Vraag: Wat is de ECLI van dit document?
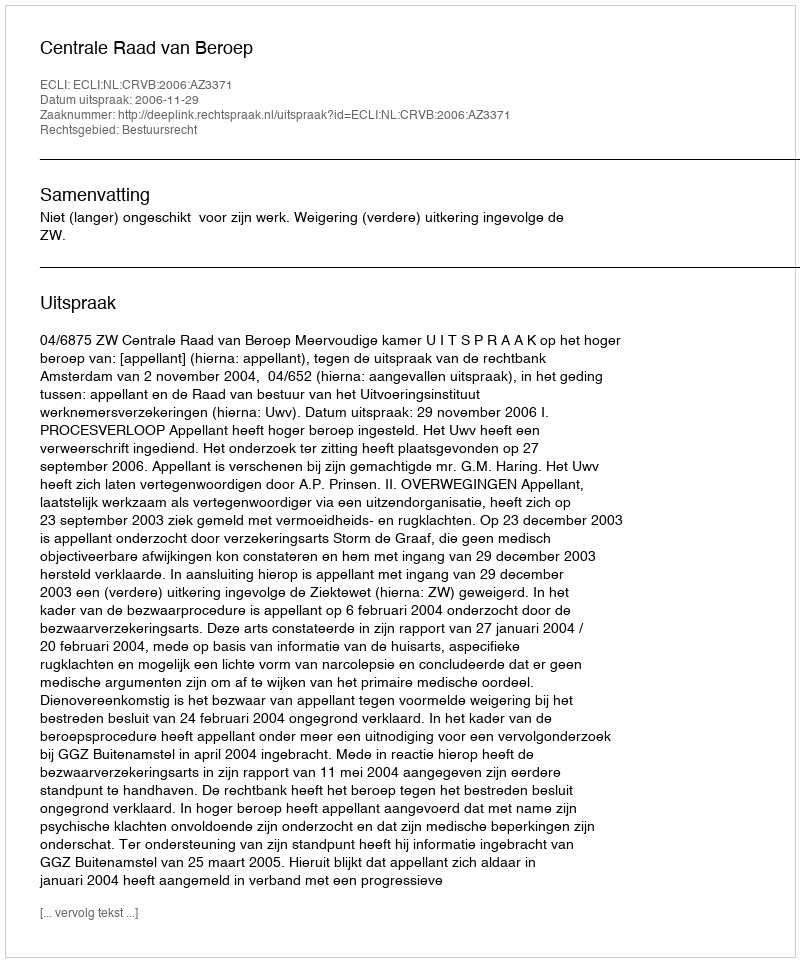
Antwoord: ECLI:NL:CRVB:2006:AZ3371